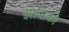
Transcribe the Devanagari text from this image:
झापाको